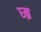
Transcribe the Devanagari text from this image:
ध्म्र